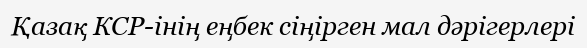
Қазақ КСР-інің еңбек сіңірген мал дәрігерлері